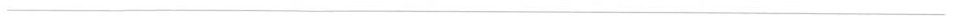
___